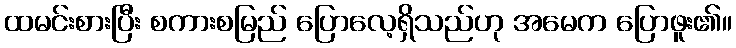
ထမင်းစားပြီး စကားစမြည် ပြောလေ့ရှိသည်ဟု အမေက ပြောဖူး၏။